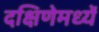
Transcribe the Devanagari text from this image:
दक्षिणेमध्यें